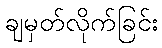
ချမှတ်လိုက်ခြင်း